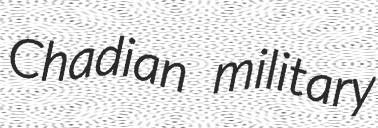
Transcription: Chadian military